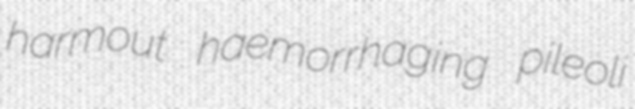
harmout haemorrhaging pileoli